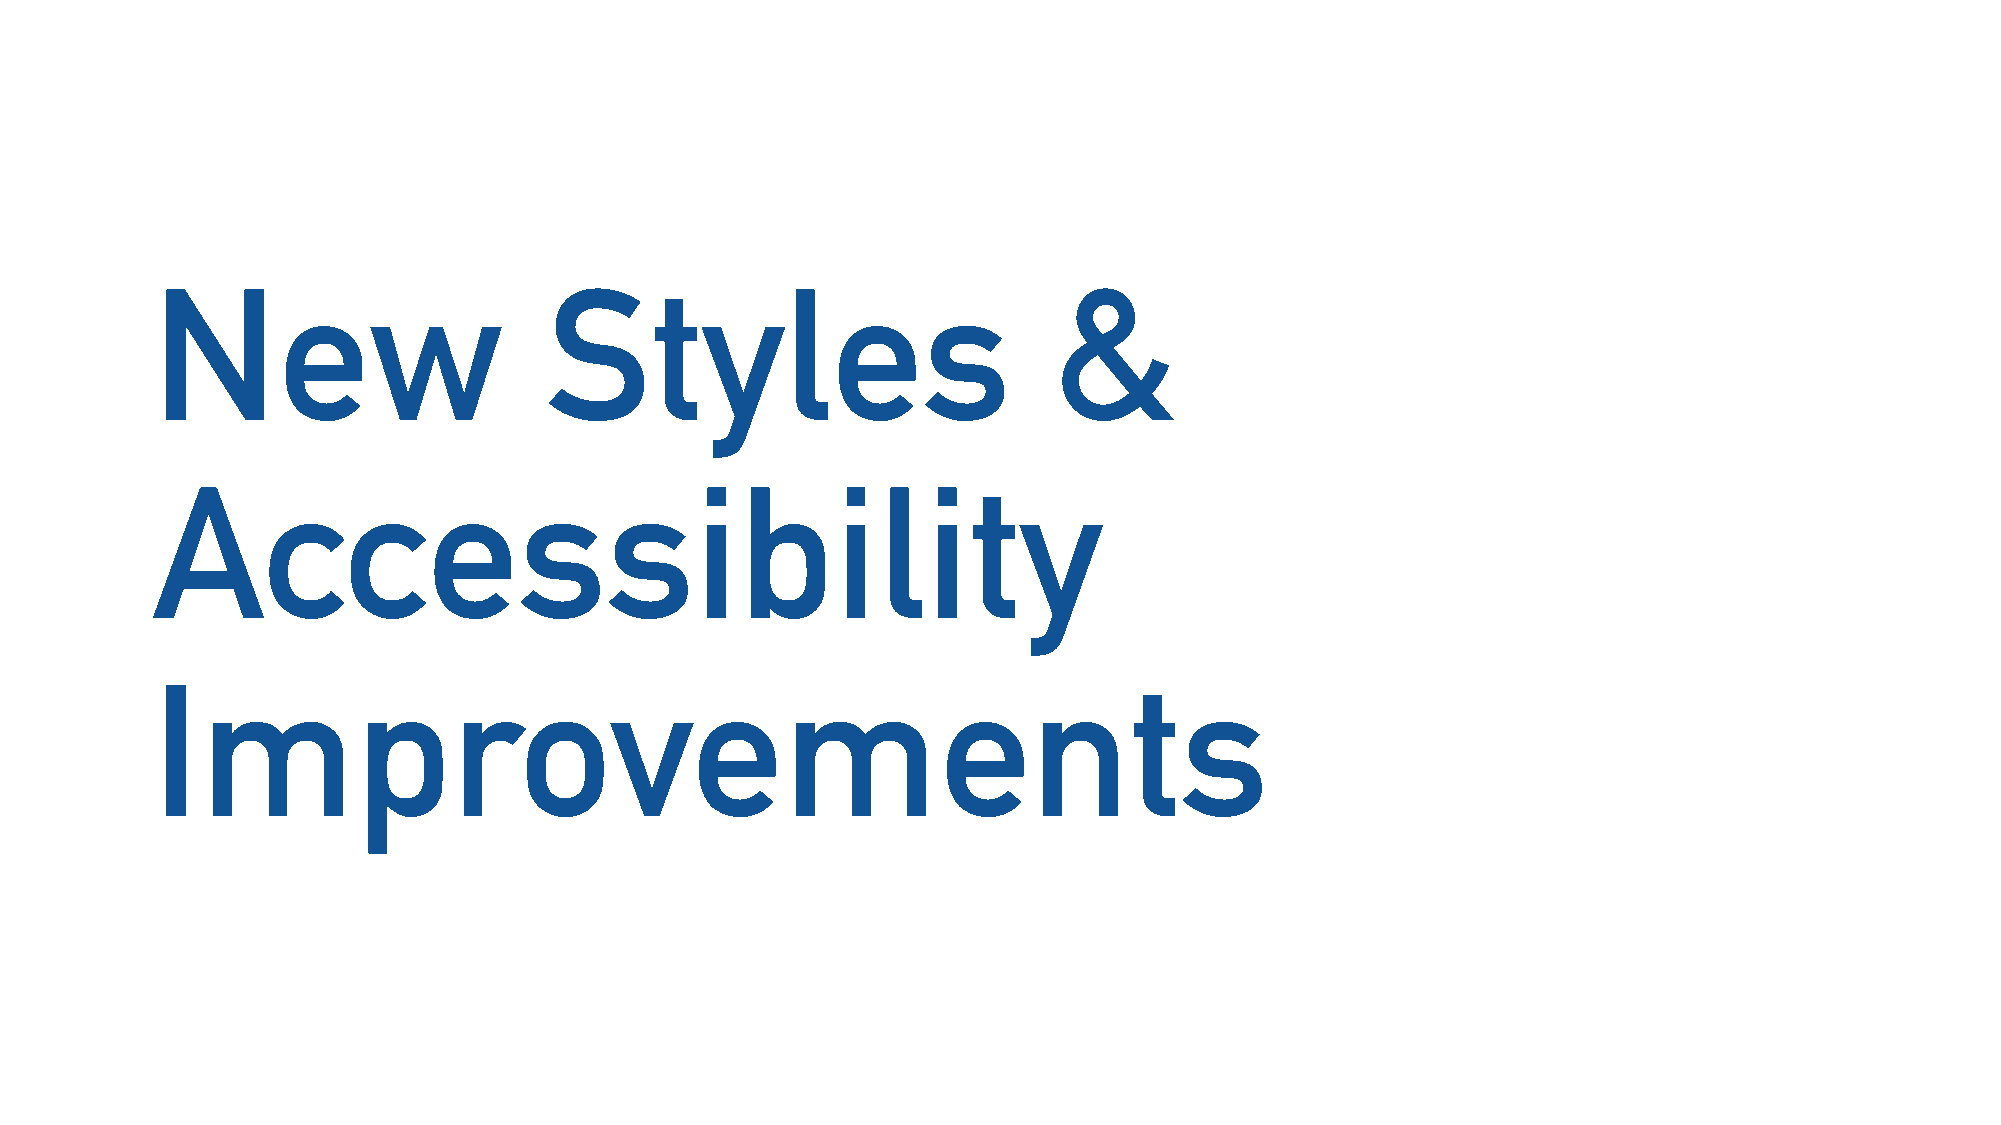
New                       Styles                            &
 Accessibility
 Improvements